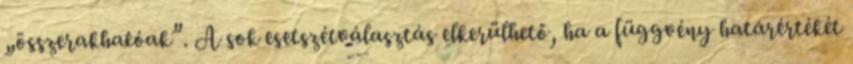
„összerakhatóak”. A sok esetszétválasztás elkerülhető, ha a függvény határértékét